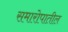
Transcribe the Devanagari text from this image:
समारोपातील